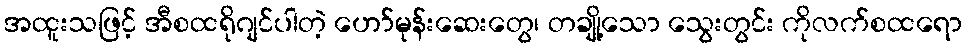
အထူးသဖြင့် အီစထရိုဂျင်ပါတဲ့ ဟော်မုန်းဆေးတွေ၊ တချို့သော သွေးတွင်း ကိုလက်စထရော